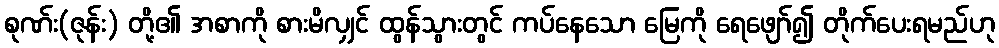
စုဏ်း(ဇုန်း) တို့၏ အစာကို စားမိလျှင် ထွန်သွားတွင် ကပ်နေသော မြေကို ရေဖျော်၍ တိုက်ပေးရမည်ဟု